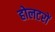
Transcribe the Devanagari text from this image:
होलटरों